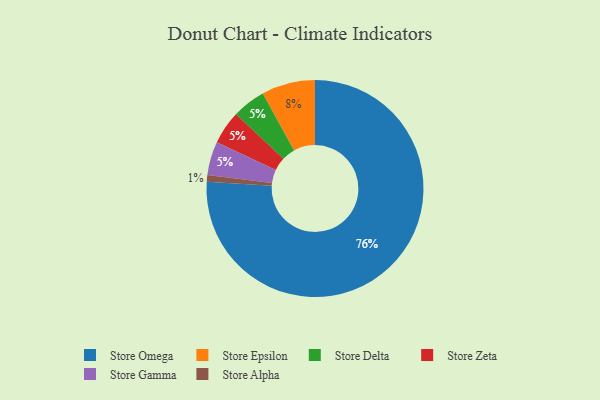
{"axis": {"x": "Category", "y": "Percentage"}, "legend": ["Store Alpha", "Store Delta", "Store Epsilon", "Store Gamma", "Store Omega", "Store Zeta"], "data": [{"x": "Store Delta", "y": 5, "type": "Store Delta"}, {"x": "Store Alpha", "y": 1, "type": "Store Alpha"}, {"x": "Store Zeta", "y": 5, "type": "Store Zeta"}, {"x": "Store Gamma", "y": 5, "type": "Store Gamma"}, {"x": "Store Omega", "y": 76, "type": "Store Omega"}, {"x": "Store Epsilon", "y": 8, "type": "Store Epsilon"}]}